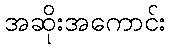
အဆိုးအကောင်း